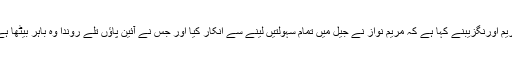
مریم اورنگزیبنے کہا ہے کہ مریم نواز نے جیل میں تمام سہولتیں لینے سے انکار کیا اور جس نے آئین پاؤں تلے روندا وہ باہر بیٹھا ہے۔